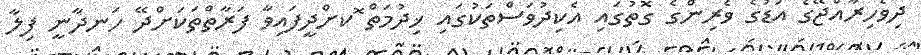
ދިވެހިރާއްޖޭގެ އަޑުގެ ވެރިންގެ ގޮތުގައި އެކިދުވަސްތަކުގައި ޚިދުމަތް ޮކށްދީފައިވާ ފަރާތްތަކަށްދޭ ހަނދާނީ ފިލާ